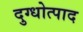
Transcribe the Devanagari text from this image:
दुग्धोत्पाद